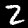
Label: 2